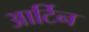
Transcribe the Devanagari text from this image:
आर्टिन